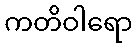
ကတိဝါရော